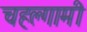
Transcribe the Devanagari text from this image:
चहल्गामी